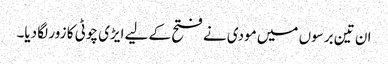
ان تین برسوں میں مودی نے فتح کے لیے ایڑی چوٹی کا زور لگا دیا۔